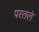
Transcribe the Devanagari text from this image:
परतलं